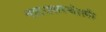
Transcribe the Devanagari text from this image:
नाटय़सस्थेतर्फे